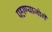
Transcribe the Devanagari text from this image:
पहाण्याजोगे